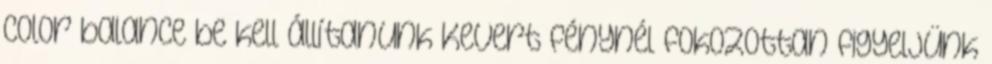
color balance be kell állítanunk Kevert fénynél fokozottan figyeljünk